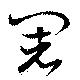
闍